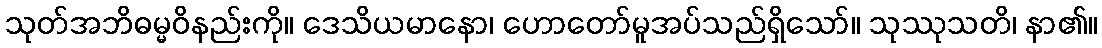
သုတ်အဘိဓမ္မဝိနည်းကို။ ဒေသိယမာနော၊ ဟောတော်မူအပ်သည်ရှိသော်။ သုဿုသတိ၊ နာ၏။